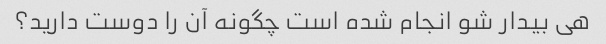
هی بیدار شو انجام شده است چگونه آن را دوست دارید؟